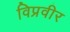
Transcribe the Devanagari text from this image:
विप्रवीर